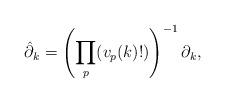
LaTeX: \begin{align*} \hat{\partial}_k = \left( \prod_p (v_p(k)!) \right)^{-1}\partial_k,\end{align*}